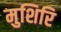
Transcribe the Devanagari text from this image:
मुशिरि